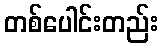
တစ်ပေါင်းတည်း